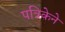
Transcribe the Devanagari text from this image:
पत्रिकेने